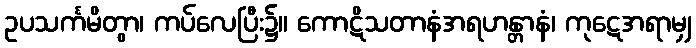
ဥပသင်္ကမိတွာ၊ ကပ်လေပြီး၌။ ကောဋိသတာနံအရဟန္တာနံ၊ ကုဋေအရာမျှ